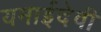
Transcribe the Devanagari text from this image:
यमाईदेवी